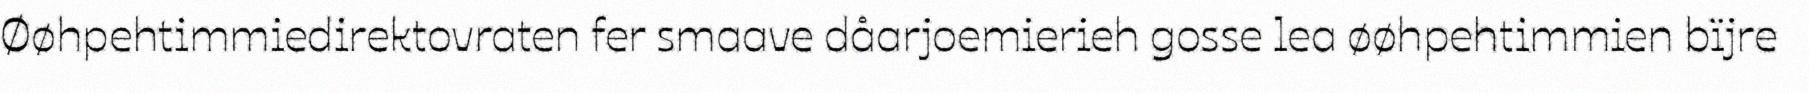
Øøhpehtimmiedirektovraten fer smaave dåarjoemierieh gosse lea øøhpehtimmien bïjre